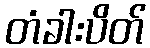
တံခါးပိတ်